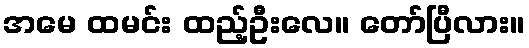
အမေ ထမင်း ထည့်ဦးလေ။ တော်ပြီလား။